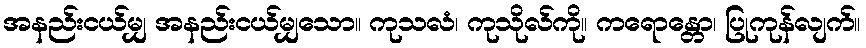
အနည်းငယ်မျှ အနည်းငယ်မျှသော။ ကုသလံ၊ ကုသိုလ်ကို။ ကရောန္တော၊ ပြုကုန်လျက်။